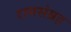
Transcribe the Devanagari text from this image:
रागसंग्रह